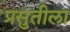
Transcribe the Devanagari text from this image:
प्रसुतीला